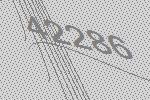
42286